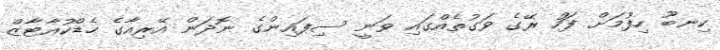
ކިނބޫ ހިފުމަށް ފަހު ރޭގެ ވަގުތެއްގައި ވަނީ ސިފައިންގެ ނޮދަން އޭރިއާގެ ހެޑްކުއާޓާޒް